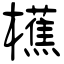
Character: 櫵